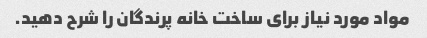
مواد مورد نیاز برای ساخت خانه پرندگان را شرح دهید.